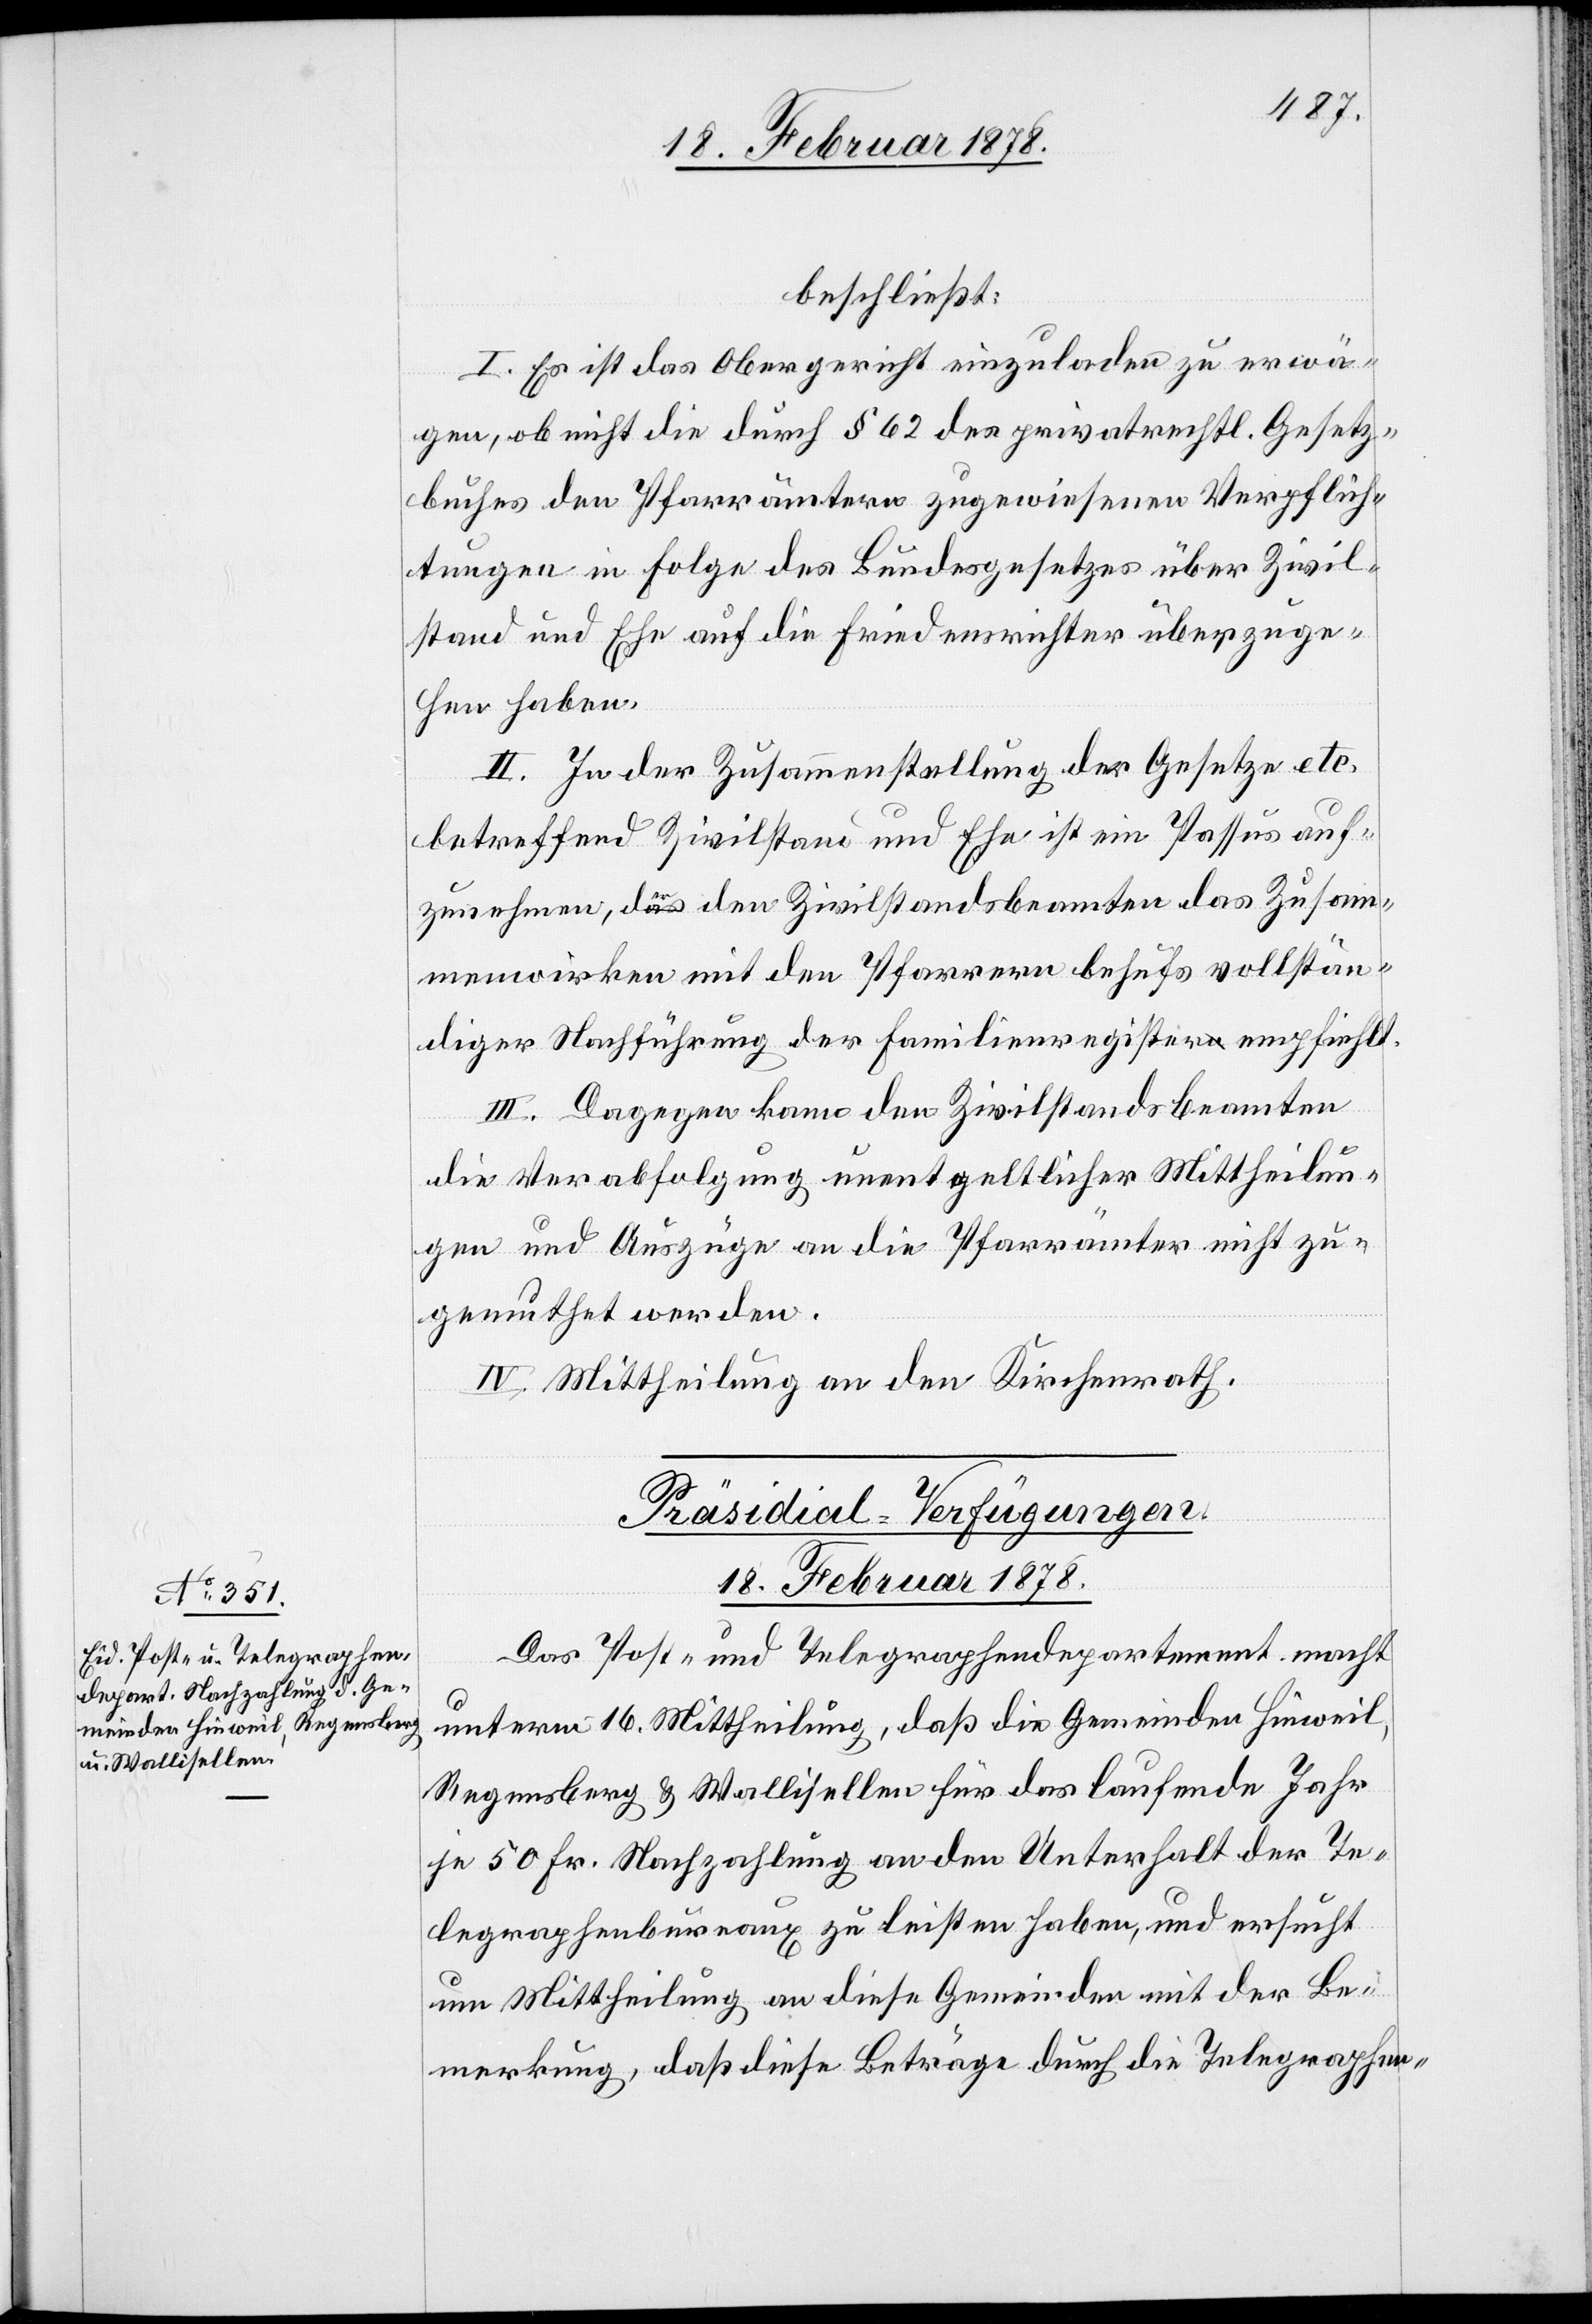
beschließt:
I. Es ist das Obergericht einzuladen zu erwä¬
gen, ob nicht die durch § 62 des privatrechtl. Gesetz¬
buches den Pfarrämtern zugewiesenen Verpflich¬
tungen in Folge des Bundesgesetzes über Zivil¬
stand und Ehe auf die Friedensrichter überzuge¬
hen haben.
II. In der Zusammenstellung der Gesetze etc.
betreffend Zivilstand und Ehe ist ein Passus auf¬
zunehmen, der den Zivilstandsbeamten das Zusam¬
menwirken mit den Pfarrern behufs vollstän¬
diger Nachführung der Familienregister empfiehlt.
III. Dagegen kann den Zivilstandsbeamten
die Verabfolgung unentgeltlicher Mittheilun¬
gen und Auszüge an die Pfarrämter nicht zu¬
gemuthet werden.
IV. Mittheilung an den Kirchenrath.
Präsidial-Verfügungen.
18. Februar 1878.
Das Post- und Telegraphendepartement macht
unterm 16. Mittheilung, daß die Gemeinden Hinweil,
Regensberg & Wallisellen für das laufende Jahr
je 50 Fr. Nachzahlung an den Unterhalt der Te¬
legraphenbureaux zu leisten haben, und ersucht
um Mittheilung an diese Gemeinden mit der Be¬
merkung, daß diese Beträge durch die Telegraphen-